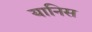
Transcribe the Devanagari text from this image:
यानिस